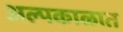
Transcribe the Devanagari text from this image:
अल्पकाळात